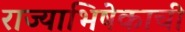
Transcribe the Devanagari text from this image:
राज्याभिषेकाची